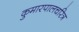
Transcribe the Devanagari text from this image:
कुमारपालचरित्र